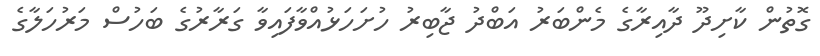
ގޮތުން ކާށިދޫ ދާއިރާގެ މެންބަރު އަބްދު ޖާބިރު ހުށަހަޅުއްވާފައިވާ ގަރާރުގެ ބަހުސް މަރުހަލާގެ